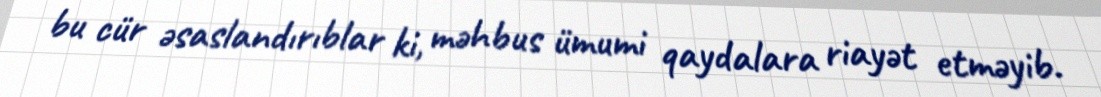
bu cür əsaslandırıblar ki, məhbus ümumi qaydalara riayət etməyib.